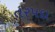
તરપદા